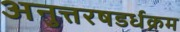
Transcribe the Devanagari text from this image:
अनुत्तरषडर्धक्रम